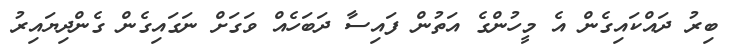
ބިރު ދައްކައިގެން އެ މީހުންގެ އަތުން ފައިސާ ދަބަހެއް ވަގަށް ނަގައިގެން ގެންދިޔައިރު